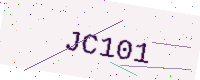
Text: JC101